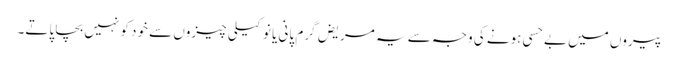
پیروں میں بے حسی ہونے کی وجہ سے یہ مریض گرم پانی یا نوکیلی چیزوں سے خود کو نہیں بچا پاتے۔